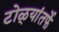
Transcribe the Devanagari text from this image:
टोळ्यांतर्फे